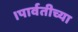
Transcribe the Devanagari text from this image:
।पार्वतीच्या